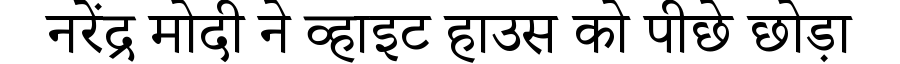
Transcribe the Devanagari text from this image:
नरेंद्र मोदी ने व्हाइट हाउस को पीछे छोड़ा